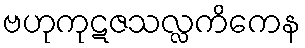
ဗဟုကုဋဇသလ္လကိကေန